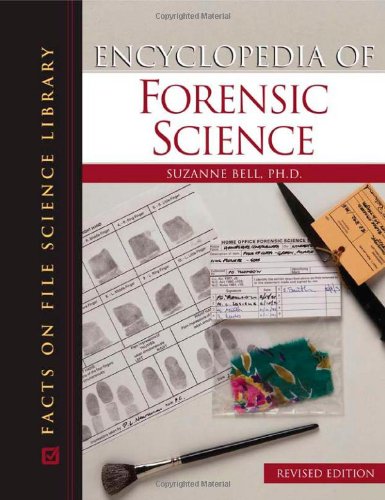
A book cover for Encyclopedia of Forensic Science (Facts on File Science Library); Suzanne Bell; Reference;